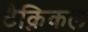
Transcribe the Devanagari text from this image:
टैक्निकल